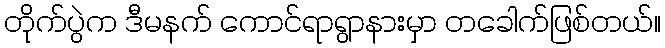
တိုက်ပွဲက ဒီမနက် ကောင်ရာရွာနားမှာ တခေါက်ဖြစ်တယ်။